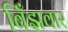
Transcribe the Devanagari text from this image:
बिँझवार